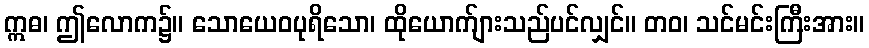
ဣဓ၊ ဤလောက၌။ သောယေဝပုရိသော၊ ထိုယောက်ျားသည်ပင်လျှင်။ တဝ၊ သင်မင်းကြီးအား။